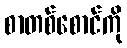
စာတစ်စောင်ကို